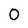
Character: 0